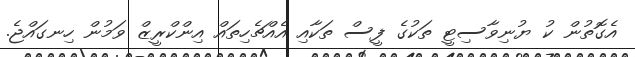
އެގޮތުން ކު ޔުނިވާސިޓީ ތަކުގެ ފީސް ތަކާއި އެއްޗެހިތައް އިންކްރީޒް ވަމުން ހިނގައްޖެ.